Medical and sanitary report of the native army of Bengal for the year
Year: 1874
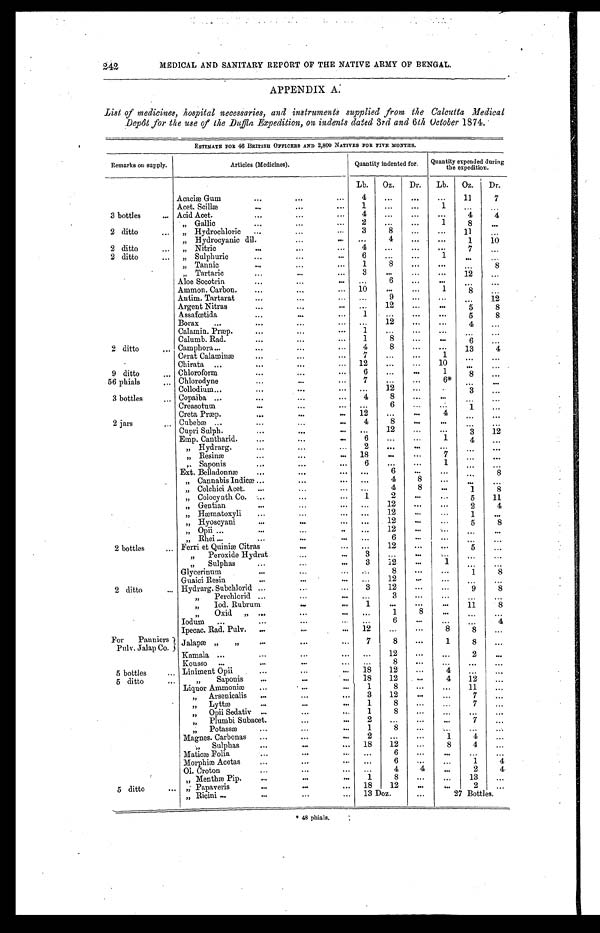
APPENDIX A.
List of medicines, hospital necessaries, and instruments supplied from the Calcutta Medical
Depôt for the use of the Duffla Expedition, on indents dated 3rd and 6th October 1874.
ESTIMATE FOR 46 BRITISH OFFICERS AND 2,800 NATIVES FOR FIVE MONTHS.
Remarks on supply.
Articles (Medicines).
Quantity indented for. Quantity expended during
the expedition.
Lb.
Oz.
Dr.
Lb. Oz.
Dr.
Acaciæ Gum
4 . . .
. . .
. . .
1 1
7
Acet. Scillæ
1
. . .
. . .
1
. . . ...
3 bottles
Acid Acet.
4
. . .
. . .
. . .
4
4
" Gallic
2
. . .
. . .
1
8
...
2 ditto
" Hydrochloric
3
8
. . .
. . .
1 1
...
" Hydrocyanic dil.
. . .
4
. . .
. . .
1
10
2 ditto
" Nitric
4
. . .
. . .
. . .
7
...
2 ditto
" Sulphuric
6
. . .
. . .
1
. . .
...
" Tannic
1
8
. . .
. . .
. . . 8
" Tartaric
3
. . .
. . .
. . .
1 2
...
Aloe Socotrin
. . .
6
. . .
. . .
. . .
...
Ammon. Carbon.
1 0
. . .
. . .
1
8
...
Antim. Tartarat
. . .
9
. . .
. . .
. . . 12
Argent Nitras
. . .
1 2
. . .
. . .
5
8
Assafœtida
1
. . .
. . .
. . .
5
8
Borax
. . .
1 2
. . .
. . .
4 ...
Calamin. Præp.
1
. . .
. . .
. . .
. . . ...
Calumb. Rad.
1
8
. . .
. . .
6 ...
2 ditto
Camphora
4
8
. . .
. . .
1 3
4
Cerat Calaminæ
7
. . .
. . .
1
. . . ...
Chirata
1 2
. . .
. . .
1 0
. . .
...
9 ditto
Chloroform
6
. . .
. . .
1
8
...
56 phials
Chlorodyne
7
. . .
. . .
6 *
. . .
...
Collodium
. . .
1 2
. . .
. . .
3
...
3 bottles
Copaiba
4
8
. . .
. . .
. . . ...
Creasotum
. . .
6
. . .
. . .
1
...
Creta Præp.
1 2
. . .
. . .
4
. . . ...
2 jars
Cubebæ
4
8
. . .
. . .
. . . ...
.
Cupri Sulph.
. . .
1 2
. . .
. . .
3 12
Emp. Cantharid.
6
. . .
. . .
1
4 ...
" Hydrarg.
2
. . .
. . .
. . .
. . . ...
" Resinæ
1 8
. . .
. . .
7
. . . ...
" Saponis
6
. . .
. . .
1
. . . ...
Ext. Belladonnæ
. . .
6
. . .
. . .
. . .
8
" Cannabis Indicæ
. . .
4
8
. . .
. . .
...
" Colchici Acet.
. . .
4
8
. . .
1
8
" Colocynth Co.
1
2
. . .
. . .
5 11
" Gentian
. . .
1 2
. . .
. . .
2
4
" Hæmatoxyli
. . .
1 2
. . .
. . .
1
...
" Hyoscyani
. . .
1 2
. . .
. . .
5
8
" Opii
. . .
1 2
. . .
. . .
. . .
...
" Rhei
. . .
6
. . .
. . .
. . . ..
2 bottles
Ferriet Quiniæ Citras
. . .
1 2
. . .
. . .
5
...
" Peroxide Hydrat
3
. . .
. . .
. . .
. . . ...
" Sulphas
3
1 2
. . .
. . .
. . . ...
Glycerinum
. . .
8
. . .
. . .
1
. . .
Guaici Resin
. . .
1 2
. . .
1
. . . ...
2 ditto
Hydrarg. Subchlorid
3
1 2
. . .
. . .
. 9
8
" Perchlorid
. . .
3
. . .
. . .
. . . ...
" Iod. Rubrum
1
. . .
. . .
. . .
1 1
8
" Oxid "
. . .
1
8
. . .
. . .
...
Iodum
. . .
6
. . .
. . .
. . .
4
Ipecac. Rad. Pulv.
1 2
. . .
. . .
8
8
...
For Panniers
Pulv. Jalap Co.
Jalapæ " "
7
8
. . .
1
8 ...
Kamala
. . .
1 2
. . .
. . .
2
...
Kousso
. . .
8
. . .
. . .
. . . ...
5 bottles
Liniment Opii
1 8
1 2
. . .
4
. . . ...
5 ditto
" Saponis
1 8
1 2
. . .
4
1 2 ...
Liquor Ammoniæ
1
8
. . .
. . .
1 1 ...
" Arsenicalis
3
1 2
. . .
. . .
7 ...
" Lyttæ
1
8
. . .
. . .
7 ...
" Opii Seclativ
1
8
. . .
. . .
. . . ...
" Plumbi Subacet.
2
. . .
. . .
. . .
7 ...
" Potassæ
1
8
. . .
. . .
. . . ...
Magnes. Carbonas
2
. . .
. . .
1
4 ...
" Sulphas
1 8
1 2
. . .
8
4
...
Maticæ Folia
. . .
6
. . .
. . .
. . . ...
Morphiæ Acetas
. . .
6
. . .
. . .
1
4
Ol.. Croton
. . .
4
4
. . .
2
4
" Menthæ Pip.
1
8
. . .
. . .
1 3 ...
5 ditto
" Papaveris
1 8
1 2
. . .
. . .
2 ...
" Ricini
13 Doz.
. . . 27 Bottles.
* 48 phials.